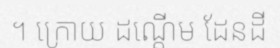
។ ក្រោយ ដណ្តើម ដែនដី